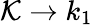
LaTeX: \mathcal{K}\rightarrow k_{1}